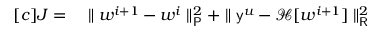
\begin{array} { r l } { [ c ] J = } & { { } \parallel \boldsymbol { w } ^ { i + 1 } - \boldsymbol { w } ^ { i } \parallel _ { \mathsf { P } } ^ { 2 } + \parallel \mathsf { y } ^ { \boldsymbol { u } } - \mathcal { H } [ \boldsymbol { w } ^ { i + 1 } ] \parallel _ { \mathsf { R } } ^ { 2 } } \end{array}